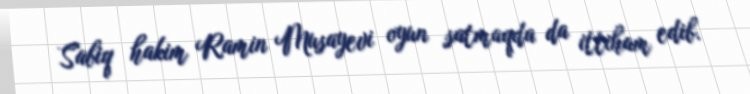
Sabiq hakim Ramin Musayevi oyun satmaqda da ittiham edib.